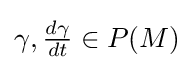
\textstyle \gamma ,{\frac {d\gamma }{dt}}\in P(M)